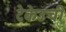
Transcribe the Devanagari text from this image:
टेकेउची